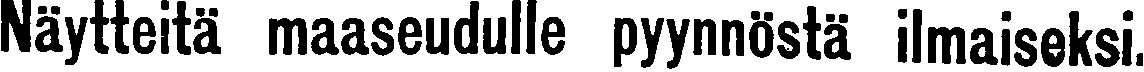
Näytteitä maaseudulle pyynnöstä ilmaiseksi.